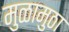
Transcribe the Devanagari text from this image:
मुळामुठा